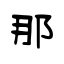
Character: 那